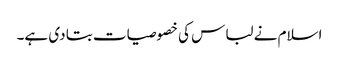
اسلام نے لباس کی خصوصیات بتا دی ہے۔